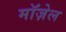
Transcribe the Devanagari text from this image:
मॉज़ेल